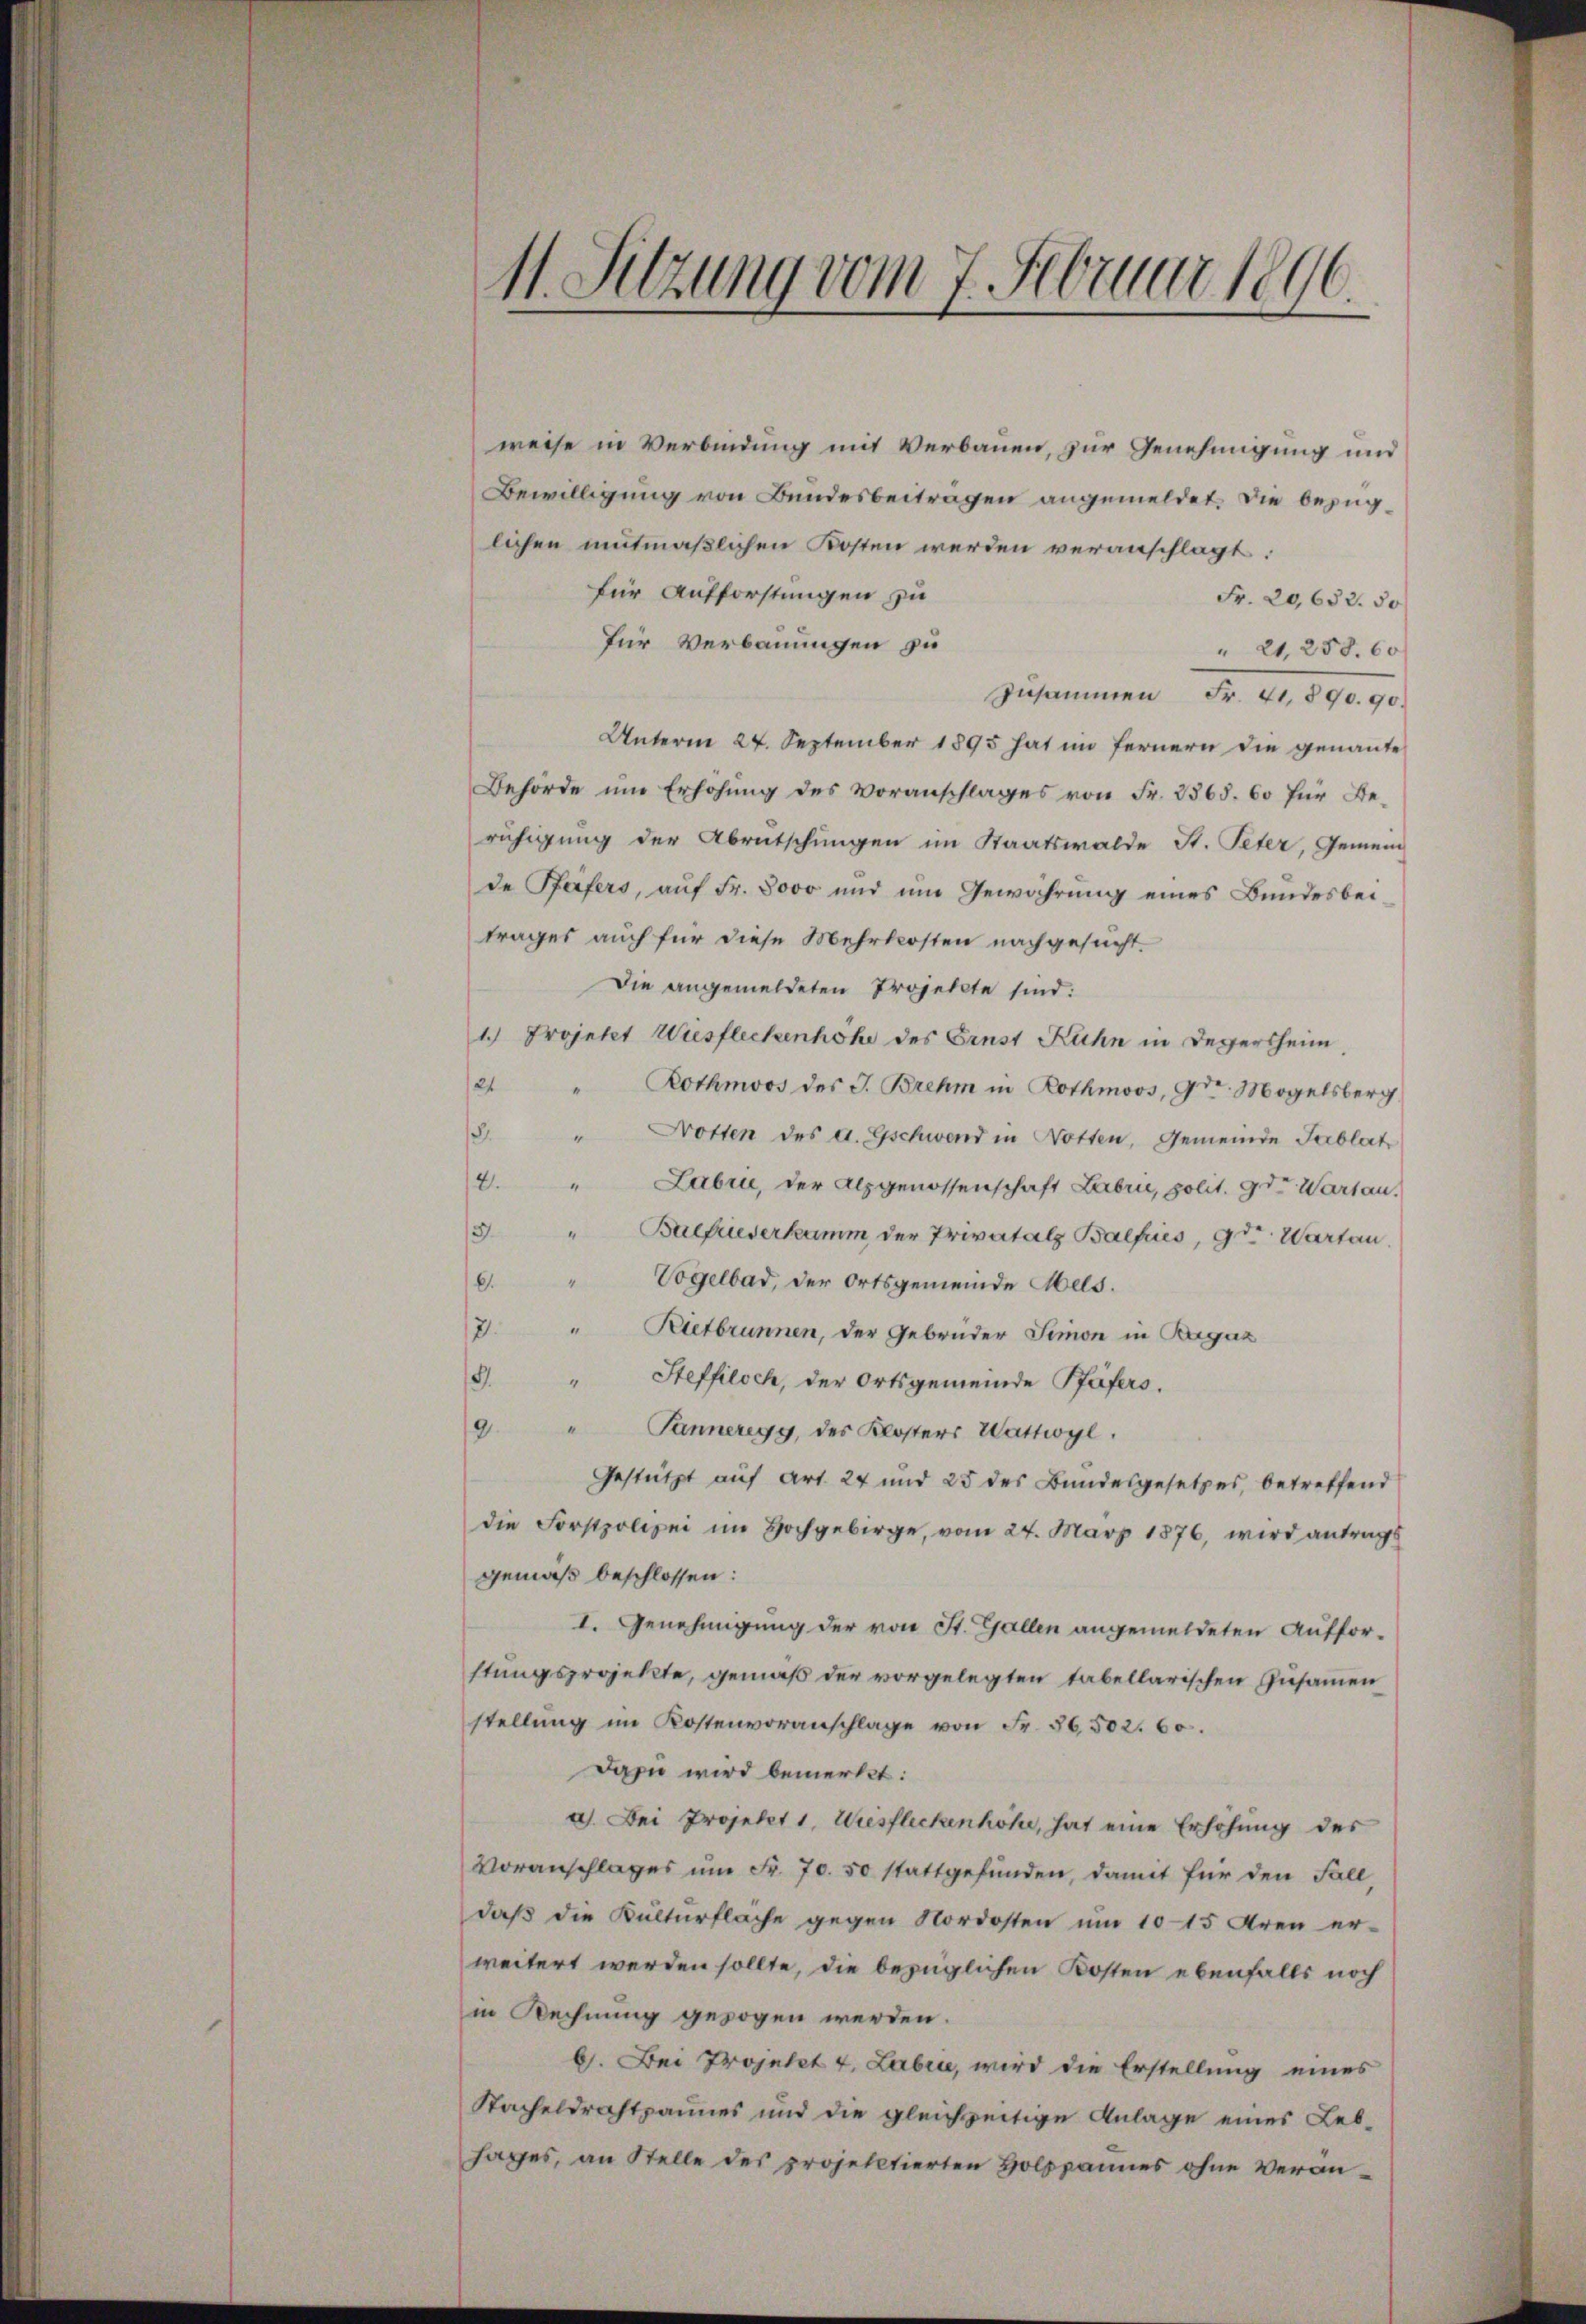
weise in Verbindung mit Verbauen, zur Genehmigung und
Bewilligung von Bundesbeiträgen angemeldet. Die bezüglichen mitmaßlichen Kosten werden veranschlagt:
für Aufforstungen zu
Fr. 20,652. 50.
für Verbauungen zu
" 21, 258. 60
Zusammen Fr. 41,890. 90.
Unterm 24. September 1895 hat im fernern die genannte
Behörde um Erhöhung des Voranschlages von Fr. 2568. 60 für Beruhigung der Abrutschungen im Staatswalde St. Peter, Gemein
de Pfeifers, auf Fr. 8000 und um Gewährung eines Bundesbeitrages auch für diese Mehrkosten nachgesucht.
Die angemeldeten Projekte sind.
1.) Projekt Ausfleckenhöhe des Ernst Kuhn in Desertheim,
21
" Rothmoos des J. Brehm in Rothmoos, 9t Mogelsberg
.
1
Notten des a. Gschwend in Notten, Gemeinde Tablat
2. " Labri, der Alpgenossenschaft Labri, polit. 9 d. Warten.
13.
"Bulfriederkamm der Privatalz Balfiés, 9.ten. Warten.
" Vogelbad, der Ortsgemeinde Mels.
.
V.
" Rietbrunnen, der Gebrüder Simon in Ragaz
9.
Steffiloch, der Ortsgemeinde Pfäfers.
9.
" Panneregg, des Klosters Wattwyl.
Gestützt auf Art. 24 und 25 des Bundesgesetzes, betreffend
die Forstpolizei im Hochgebirge, vom 27. März 1876, wird antrags
gemäß beschlossen:
I. Genehmigung der von St. Gallen angemeldeten Auffor-
stungsprojekte, gemäß der vorgelegten tabellarischen Zusammen
stellung im Kostenvoranschlage von Fr. 36502. 60.
Dazu wird bemerkt:
a) Bei Projekt 1. Wiesfleckenhöhe, hat eine Erhöhung des
Voranschlages um Fr. 70. 50 stattgefunden, damit für den Fall
daß die Kulturfläche gegen Nordosten um 1015 Aren er-
weitert werden sollte, die bezüglichen Kosten ebenfalls noch
in Rechnung gezogen werden.
b. Bei Projekt 4. Laben, wird die Erstellung eines
Sacheldrahtpannes und die gleichzeitige Anlage eines Lebsages, an Stelle des projektierten Holzpannes ohne Verän¬

11. Sitzung vom 7. Februar 1896.